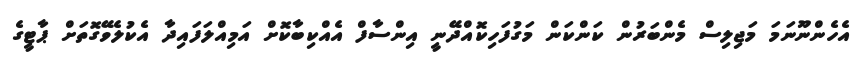
އެހެންނޫނަމަ މަޖިލިސް މެންބަރުން ކަންކަން މަގުފަހިކޮއްދޭނީ އިންސާފް އެއްކިބާކޮށް އަމިއްލަފައިދާ އެކުލެވޭގޮތަަށް ޕާޓީގެ